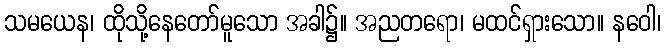
သမယေန၊ ထိုသို့နေတော်မူသော အခါ၌။ အညတရော၊ မထင်ရှားသော။ နဝေါ၊